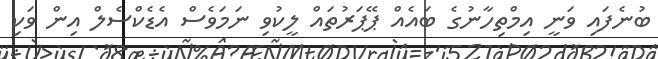
ބުނެފައި ވަނީ އިމްތިހާނުގެ ބައެއް ޕޭޕަރުތައް ލީކުވި ނަމަވެސް އެޑެކްސެލް އިން ވަކި